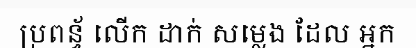
ប្រពន្ធ័ លើក ដាក់ សម្លេង ដែល អ្នក